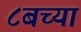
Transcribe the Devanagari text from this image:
८बच्या